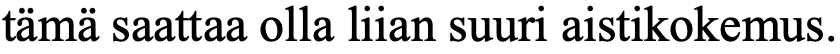
tämä saattaa olla liian suuri aistikokemus.